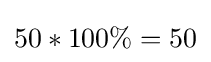
50*100\%=50